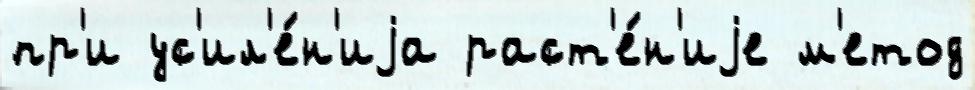
пр'и ус'ил'е́н'иjа раст'е́н'иjе м'етод